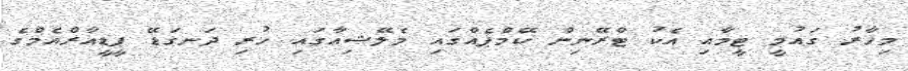
މިހާރު ގައުމީ ޓީމާއި އެކު ޓްރޭނިން ކޭމްޕެއްގައި މެލޭޝިއާގައި ހުރި ދަނގަޑޭ ޕީޑީއާރްއެމްގެ